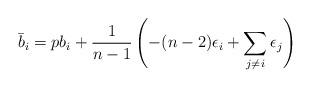
LaTeX: \begin{align*} \bar b_i=pb_i+\frac{1}{n-1}\left(-(n-2)\epsilon_i+\sum_{j\neq i}\epsilon_j\right) \end{align*}